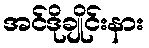
အင်ဒိုချိုင်းနား